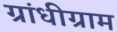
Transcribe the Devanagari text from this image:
ग्रांधीग्राम